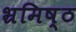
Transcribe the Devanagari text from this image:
भ्रमिष्ठ